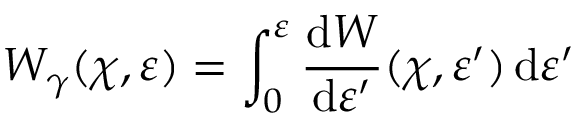
W _ { \gamma } ( \chi , \varepsilon ) = \int _ { 0 } ^ { \varepsilon } \frac { \mathrm { d } W } { \mathrm { d } \varepsilon ^ { \prime } } ( \chi , \varepsilon ^ { \prime } ) \, \mathrm { d } \varepsilon ^ { \prime }